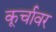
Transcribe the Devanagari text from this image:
कूर्चावर